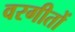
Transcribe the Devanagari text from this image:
वरगीतों